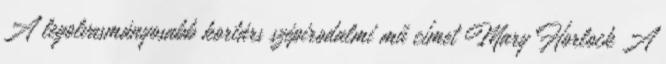
A legolvasmányosabb kortárs szépirodalmi mű címet Mary Horlock A